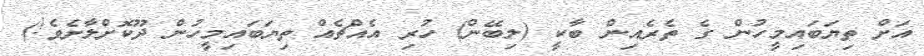
އަށް ތިޔަބައިމީހުން ގެ ތެރެއިން ބާކީ (ލިބޭން) ހުރި އެއްޗެއް ތިޔަބައިމީހުން ދޫކޮށްލާށެވެ!)